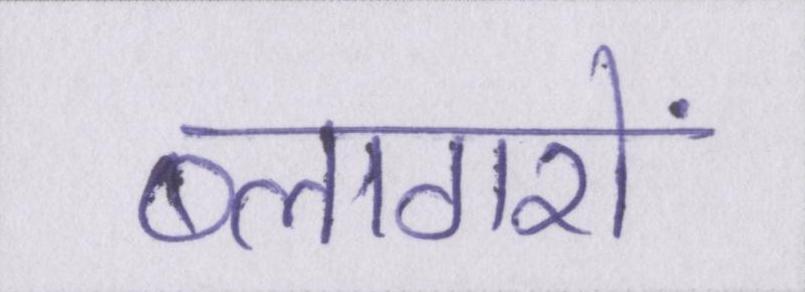
ब्लागरों